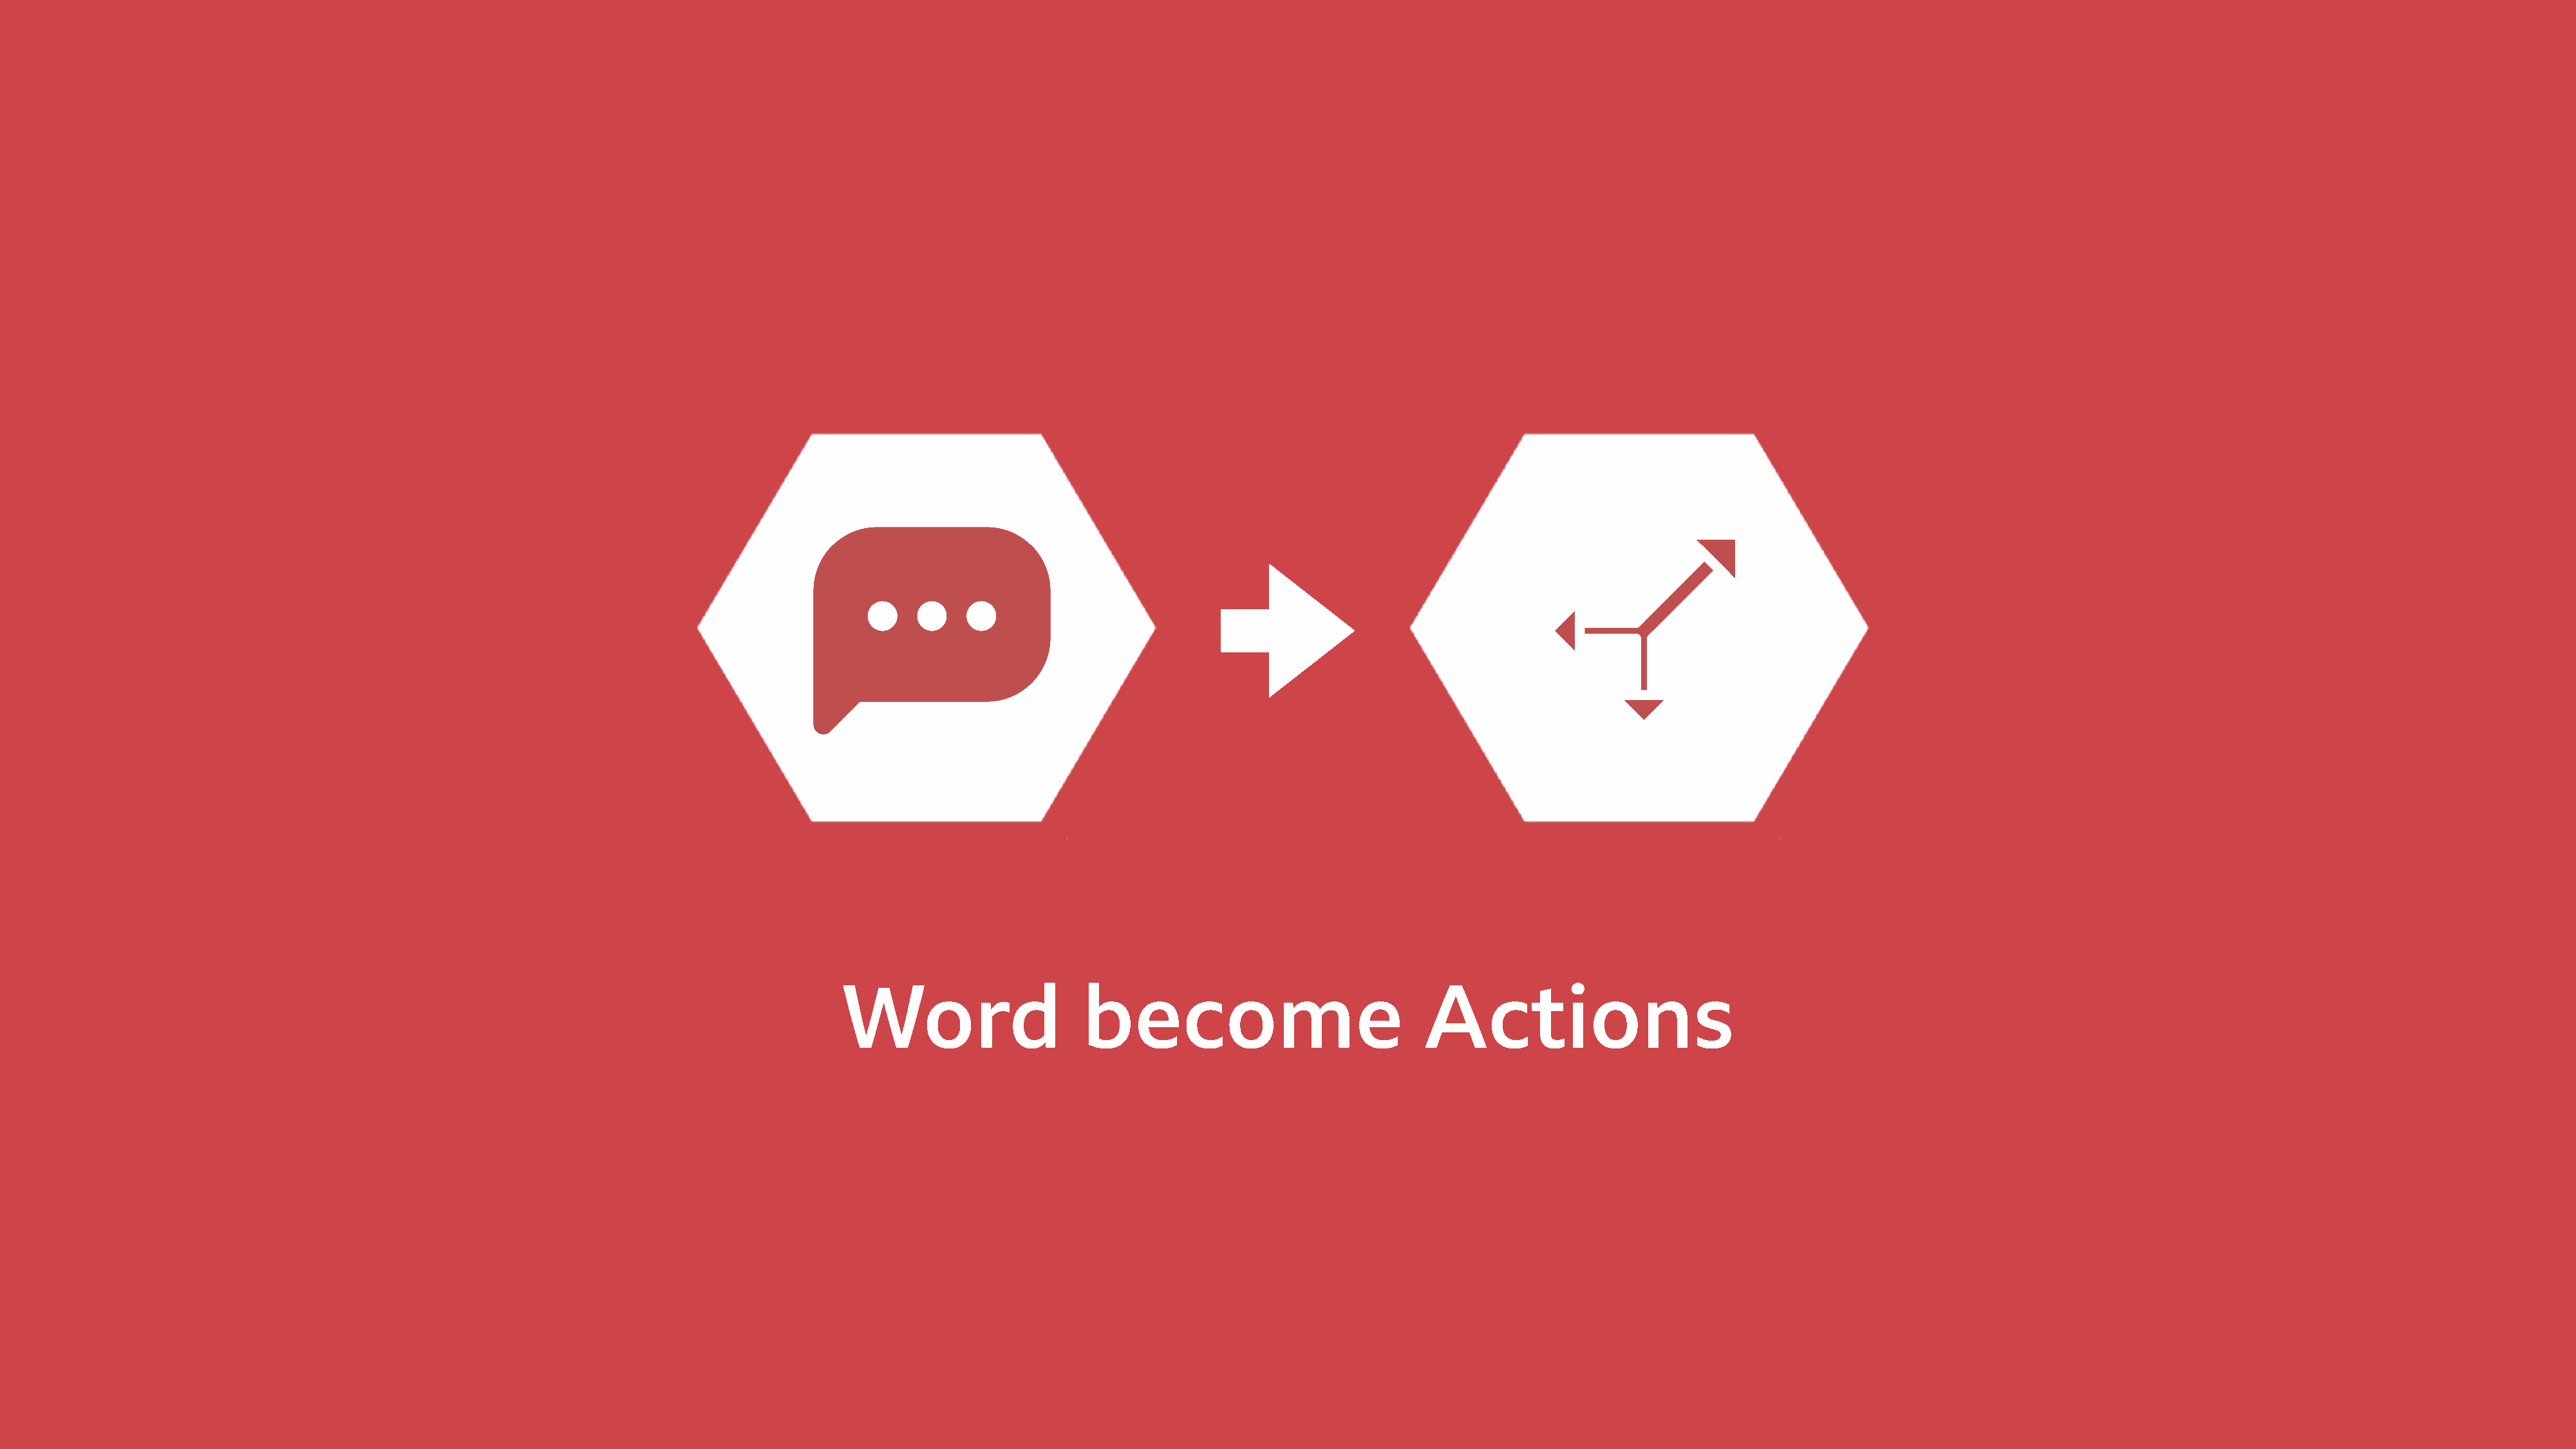
Word                    become                             Actions